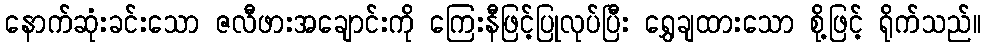
နောက်ဆုံးခင်းသော ဇလီဖားအချောင်းကို ကြေးနီဖြင့်ပြုလုပ်ပြီး ရွှေချထားသော စို့ဖြင့် ရိုက်သည်။